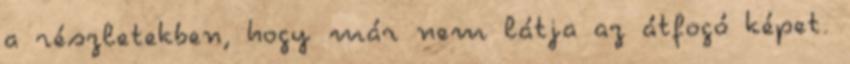
a részletekben, hogy már nem látja az átfogó képet.